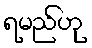
ရမည်ဟု